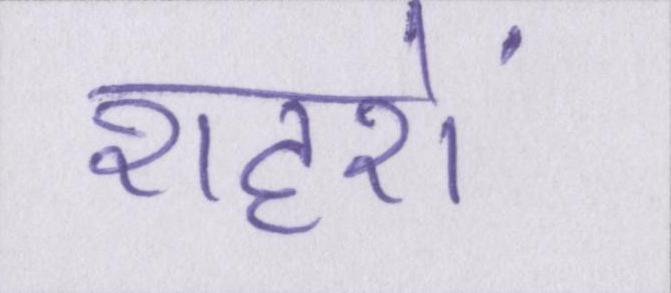
शहरों